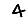
Digit: 4